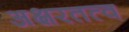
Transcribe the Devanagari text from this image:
अक्षरतत्व